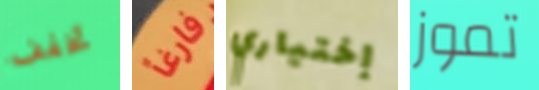
تخفف فارغاً إختياري تموز